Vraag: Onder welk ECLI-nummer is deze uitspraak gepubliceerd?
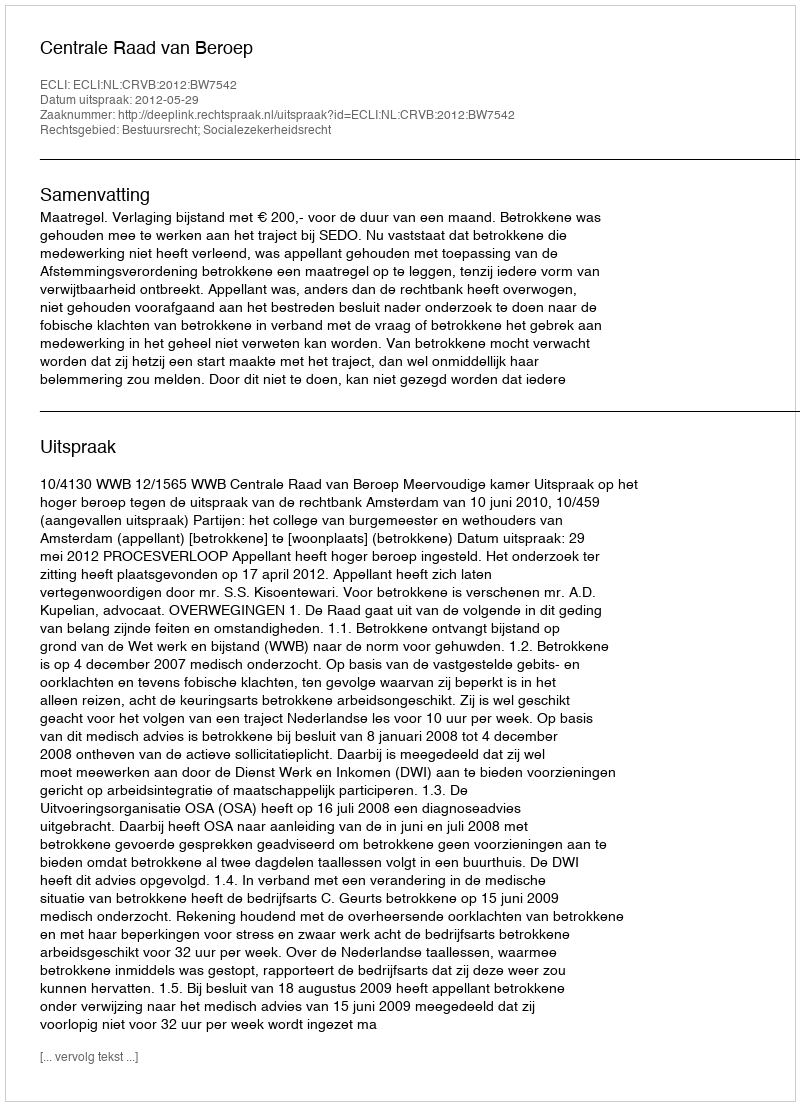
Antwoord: ECLI:NL:CRVB:2012:BW7542